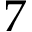
7